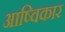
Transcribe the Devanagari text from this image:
आष्विकार